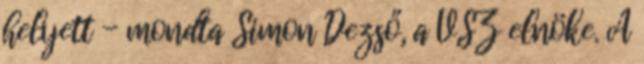
helyett - mondta Simon Dezső, a VSZ elnöke. A